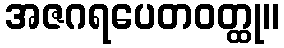
အဇဂရပေတဝတ္ထု။